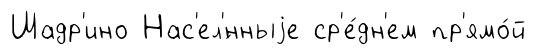
Шадр'ино Нас'ел'́нныjе ср'е́дн'ем пр'ямо́й